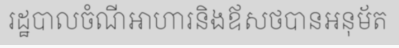
រដ្ឋបាលចំណីអាហារនិងឪសថបានអនុម័ត